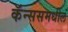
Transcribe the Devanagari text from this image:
कॅन्ससमधील